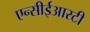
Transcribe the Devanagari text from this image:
एन्सीईआरटी